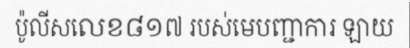
ប៉ូលីសលេខ៨១៧ របស់មេបញ្ជាការ ឡាយ